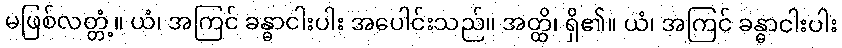
မဖြစ်လတ္တံ့။ ယံ၊ အကြင် ခန္ဓာငါးပါး အပေါင်းသည်။ အတ္ထိ၊ ရှိ၏။ ယံ၊ အကြင် ခန္ဓာငါးပါး